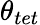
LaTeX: \theta_{tet}